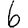
Digit: 6